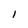
Character: l